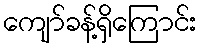
ကျော်ခန့်ရှိကြောင်း